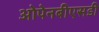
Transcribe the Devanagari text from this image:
ओपेनबीएसडी